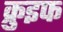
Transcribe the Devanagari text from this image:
क्रुइफ